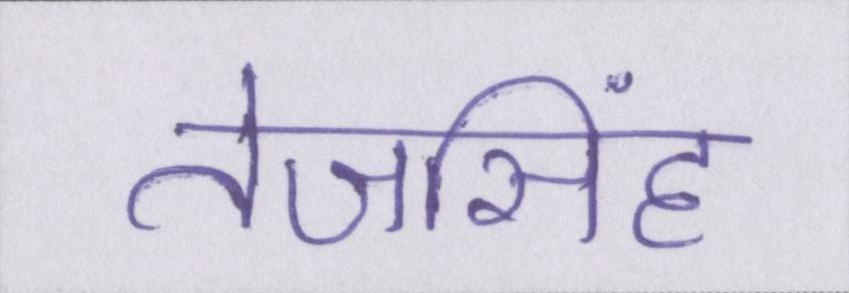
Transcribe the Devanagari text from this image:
तेजसिंह